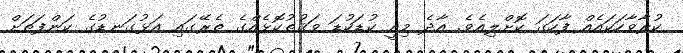
ކުރާވާހަކައެއް ފާހަގަ ކޮށްލިއެވެ. އާދެ މިއީ ކުޑަކުޑަ ވަޤުތުުކޮޅެއްގެ ތެރޭގައި އަޅުގަނޑުގެ ކަންފަތަށް